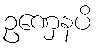
ဥဏှေနပိ